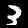
Digit: 3